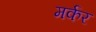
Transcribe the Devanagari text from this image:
मर्कर